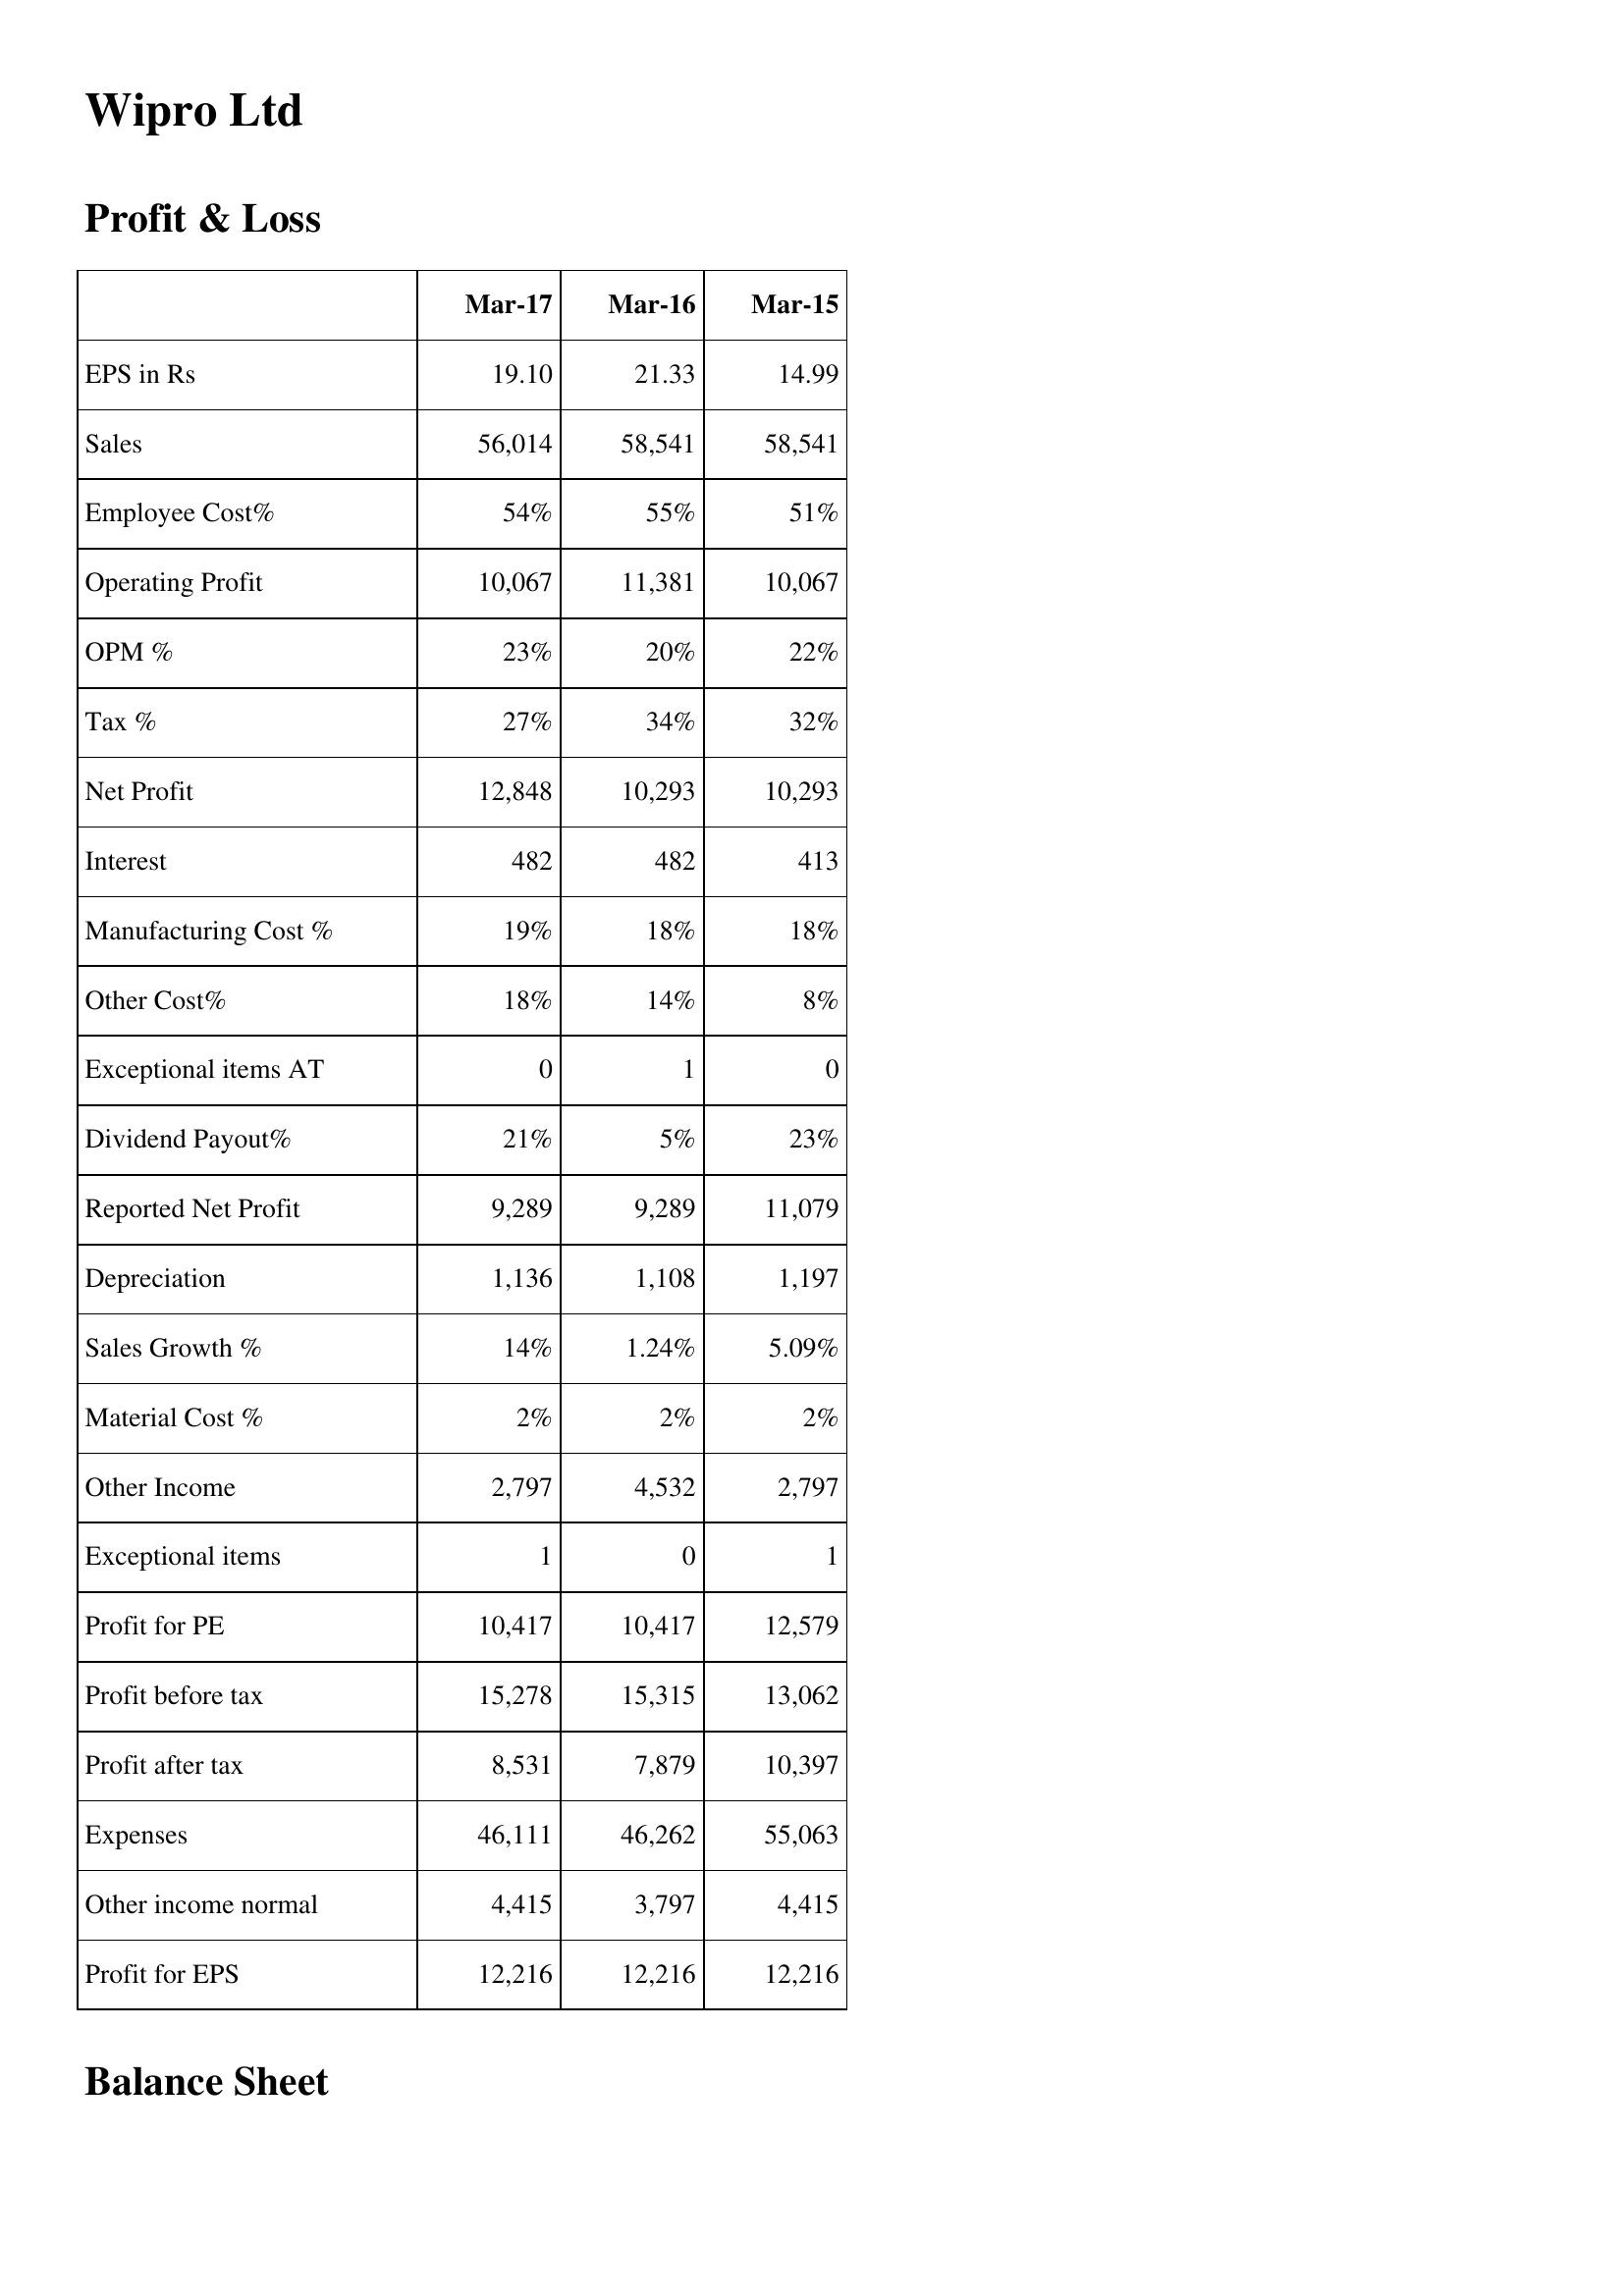
Mar-17: Profit & Loss: EPS in Rs: 19.10
Sales: 56,014
Employee Cost%: 54%
Operating Profit: 10,067
OPM %: 23%
Tax %: 27%
Net Profit: 12,848
Interest: 482
Manufacturing Cost %: 19%
Other Cost%: 18%
Exceptional items AT: 0
Dividend Payout%: 21%
Reported Net Profit: 9,289
Depreciation: 1,136
Sales Growth %: 14%
Material Cost %: 2%
Other Income: 2,797
Exceptional items: 1
Profit for PE: 10,417
Profit before tax: 15,278
Profit after tax: 8,531
Expenses: 46,111
Other income normal: 4,415
Profit for EPS: 12,216
Mar-16: Profit & Loss: EPS in Rs: 21.33
Sales: 58,541
Employee Cost%: 55%
Operating Profit: 11,381
OPM %: 20%
Tax %: 34%
Net Profit: 10,293
Interest: 482
Manufacturing Cost %: 18%
Other Cost%: 14%
Exceptional items AT: 1
Dividend Payout%: 5%
Reported Net Profit: 9,289
Depreciation: 1,108
Sales Growth %: 1.24%
Material Cost %: 2%
Other Income: 4,532
Exceptional items: 0
Profit for PE: 10,417
Profit before tax: 15,315
Profit after tax: 7,879
Expenses: 46,262
Other income normal: 3,797
Profit for EPS: 12,216
Mar-15: Profit & Loss: EPS in Rs: 14.99
Sales: 58,541
Employee Cost%: 51%
Operating Profit: 10,067
OPM %: 22%
Tax %: 32%
Net Profit: 10,293
Interest: 413
Manufacturing Cost %: 18%
Other Cost%: 8%
Exceptional items AT: 0
Dividend Payout%: 23%
Reported Net Profit: 11,079
Depreciation: 1,197
Sales Growth %: 5.09%
Material Cost %: 2%
Other Income: 2,797
Exceptional items: 1
Profit for PE: 12,579
Profit before tax: 13,062
Profit after tax: 10,397
Expenses: 55,063
Other income normal: 4,415
Profit for EPS: 12,216